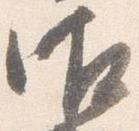
御